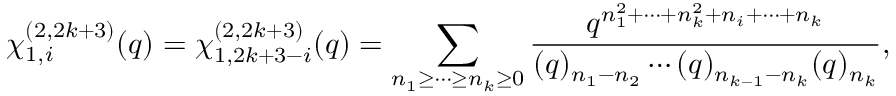
\chi _ { 1 , i } ^ { ( 2 , 2 k + 3 ) } ( q ) = \chi _ { 1 , 2 k + 3 - i } ^ { ( 2 , 2 k + 3 ) } ( q ) = \displaystyle \sum _ { n _ { 1 } \geq \cdots \geq n _ { k } \geq 0 } \frac { q ^ { n _ { 1 } ^ { 2 } + \cdots + n _ { k } ^ { 2 } + n _ { i } + \cdots + n _ { k } } } { ( q ) _ { n _ { 1 } - n _ { 2 } } \cdots ( q ) _ { n _ { k - 1 } - n _ { k } } ( q ) _ { n _ { k } } } ,